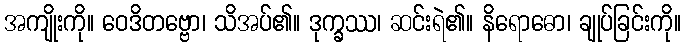
အကျိုးကို။ ဝေဒိတဗ္ဗော၊ သိအပ်၏။ ဒုက္ခဿ၊ ဆင်းရဲ၏။ နိရောဓော၊ ချုပ်ခြင်းကို။